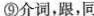
⑨介词，跟，同